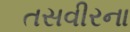
તસવીરના